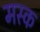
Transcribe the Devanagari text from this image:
मस्‍क